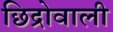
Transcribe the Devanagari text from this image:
छिद्रोवाली